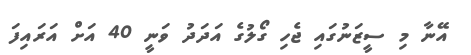
އޭނާ މި ސީޒަނުގައި ޖެހި ގޯލުގެ އަދަދު ވަނީ 40 އަށް އަރައިފަ